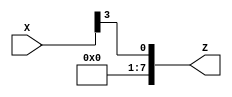
`timescale 1ns / 1ps
//////////////////////////////////////////////////////////////////////////////////
// Company: 
// Engineer: 
// 
// Design Name: 
// Module Name:    Shifter3bit 
// Project Name: 
// Target Devices: 
// Tool versions: 
// Description: 
//
// Dependencies: 
//
// Revision: 
// Revision 0.01 - File Created
// Additional Comments: 
//
//////////////////////////////////////////////////////////////////////////////////
module Shifter3bit(
    input [7:0] X,
    output [7:0] Z
    );

assign Z[7] = 0;
assign Z[6] = 0;
assign Z[5] = 0;
assign Z[4] = 0;
assign Z[3] = 0;
assign Z[2] = 0;
assign Z[1] = 0;
assign Z[0] = X[3];

endmodule